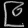
Digit: ၉